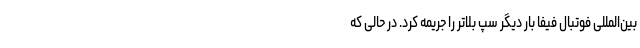
بین‌المللی فوتبال فیفا بار دیگر سپ بلاتر را جریمه کرد. در حالی که